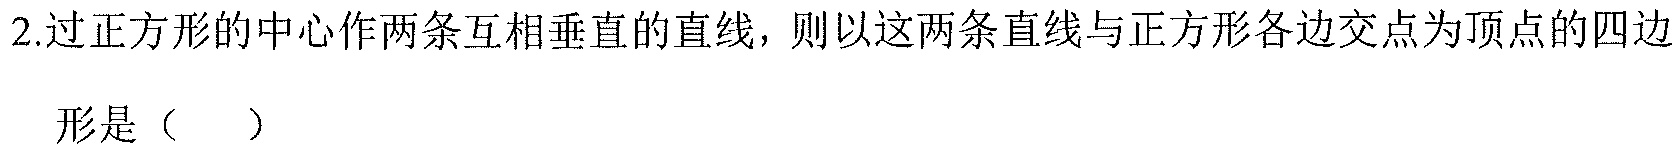
2.过正方形的中心作两条互相垂直的直线，则以这两条直线与正方形各边交点为顶点的四边形是（  ）